Civil Veterinary Department Bihar reports 1936-40 - 1936-1940
Year: 1936
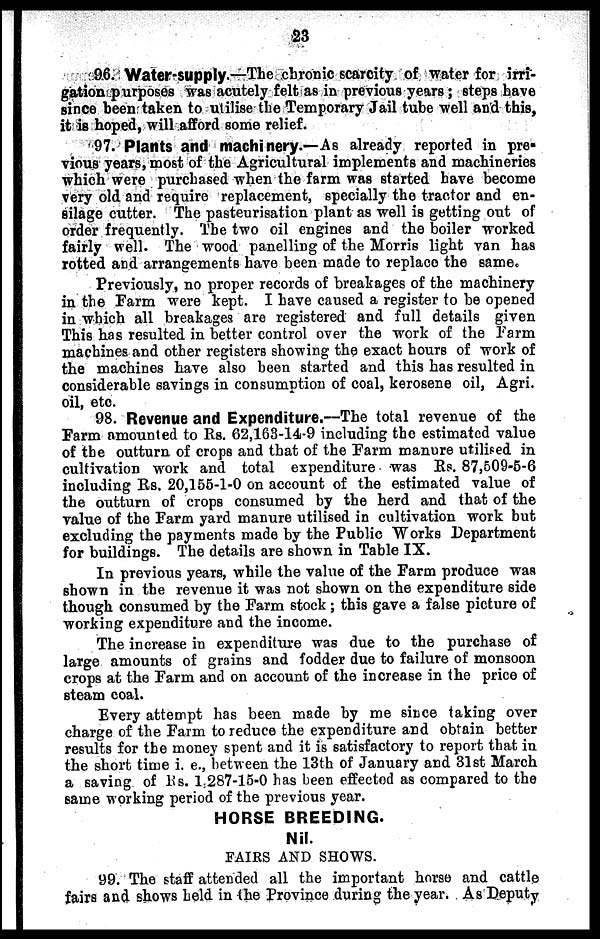
23
96. Water-supply.—The chronic scarcity of water for irri-
gation purposes was acutely felt as in previous years; steps have
since been taken to utilise the Temporary Jail tube well and this,
it is hoped, will afford some relief.
97. Plants and machinery.—As already reported in pre-
vious years, most of the Agricultural implements and machineries
which were purchased when the farm was started have become
very old and require replacement, specially the tractor and en-
silage cutter. The pasteurisation plant as well is getting out of
order frequently. The two oil engines and the boiler worked
fairly well. The wood panelling of the Morris light van has
rotted and arrangements have been made to replace the same.
Previously, no proper records of breakages of the machinery
in the Farm were kept. I have caused a register to be opened
in which all breakages are registered and full details given
This has resulted in better control over the work of the Farm
machines and other registers showing the exact hours of work of
the machines have also been started and this has resulted in
considerable savings in consumption of coal, kerosene oil, Agri.
oil, etc.
98. Revenue and Expenditure.—The total revenue of the
Farm amounted to Rs. 62,163-14-9 including the estimated value
of the outturn of crops and that of the Farm manure utilised in
cultivation work and total expenditure was Rs. 87,509-5-6
including Rs. 20,155-1-0 on account of the estimated value of
the outturn of crops consumed by the herd and that of the
value of the Farm yard manure utilised in cultivation work but
excluding the payments made by the Public Works Department
for buildings. The details are shown in Table IX.
In previous years, while the value of the Farm produce was
shown in the revenue it was not shown on the expenditure side
though consumed by the Farm stock; this gave a false picture of
working expenditure and the income.
The increase in expenditiure was due to the purchase of
large amounts of grains and fodder due to failure of monsoon
crops at the Farm and on account of the increase in the price of
steam coal.
Every attempt has been made by me since taking over
charge of the Farm to reduce the expenditure and obtain better
results for the money spent and it is satisfactory to report that in
the short time i. e., between the 13th of January and 31st March
a saving of Rs. 1,287-15-0 has been effected as compared to the
same working period of the previous year.
HORSE BREEDING.
Nil.
FAIRS AND SHOWS.
99. The staff attended all the important horse and cattle
fairs and shows held in the Province during the year. As Deputy